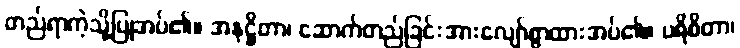
တည်ရာကဲ့သို့ပြုအပ်၏။ အနုဋ္ဌိတာ၊ ဆောက်တည်ခြင်းအားလျော်စွာထားအပ်၏။ ပရိစိတာ၊